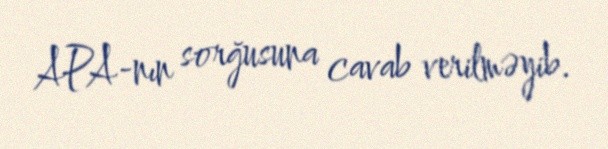
APA-nın sorğusuna cavab verilməyib.